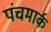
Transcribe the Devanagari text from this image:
पंचमार्क